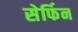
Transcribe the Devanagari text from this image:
सेर्फिन